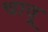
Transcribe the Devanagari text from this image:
चावू